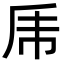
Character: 乕